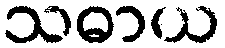
သဓာယ